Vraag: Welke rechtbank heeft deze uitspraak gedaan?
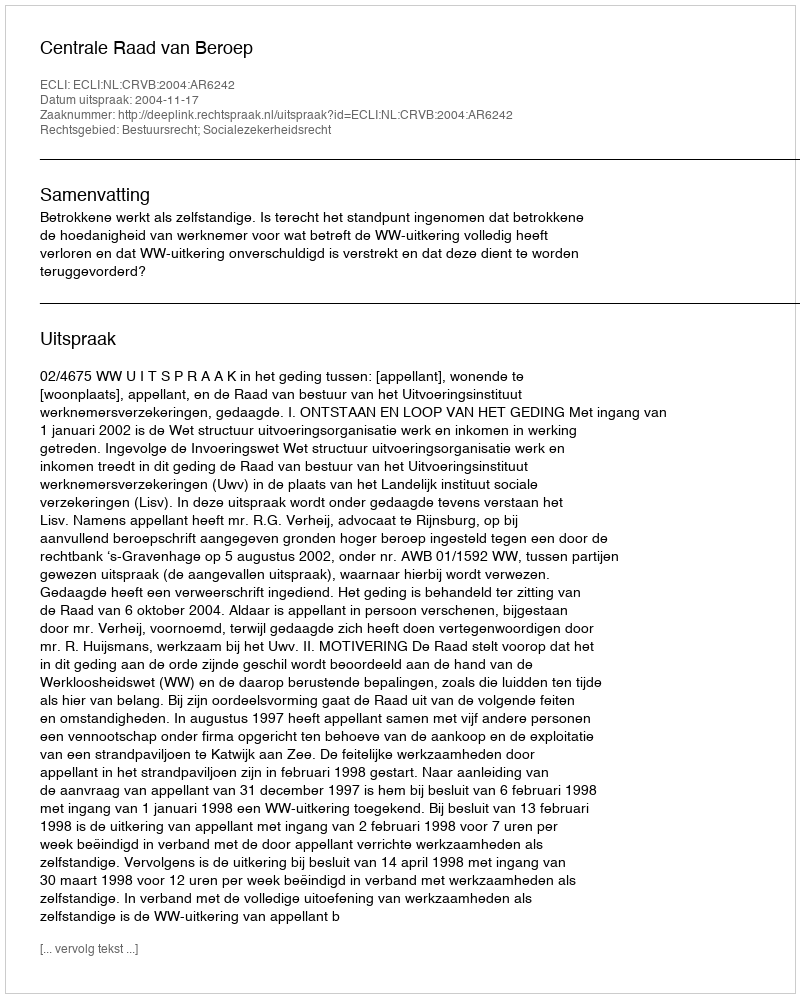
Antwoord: Centrale Raad van Beroep